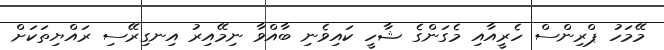
މޭމަހު ޕްރިންސް ހެރީއާއި މެގަންގެ ޝާހީ ކައިވެނި ބާއްވާ ނިމޭއިރު އިނގިރޭސި ރައްޔިތަކަށް